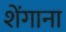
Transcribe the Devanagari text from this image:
शेंगाना